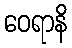
ဝေရာနိ